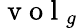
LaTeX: \mathrm{~v~o~l~}_{g}